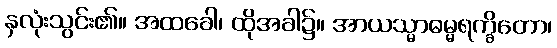
နှလုံးသွင်း၏။ အထခေါ၊ ထိုအခါ၌။ အာယသ္မာဓမ္မရက္ခိတော၊